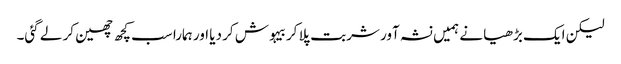
لیکن ایک بڑھیا نے ہمیں نشہ آور شربت پلا کر بیہوش کر دیا اور ہمارا سب کچھ چھین کر لے گئی۔